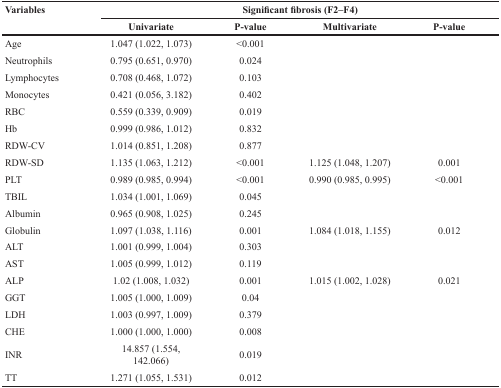
<table><thead><tr><td rowspan="2"><b>Variables</b></td><td colspan="4"><b>Significant fibrosis (F2–F4)</b></td></tr><tr><td><b>Univariate</b></td><td><b>P-value</b></td><td><b>Multivariate</b></td><td><b>P-value</b></td></tr></thead><tbody><tr><td>Age</td><td>1.047 (1.022, 1.073)</td><td>&lt;0.001</td><td></td><td></td></tr><tr><td>Neutrophils</td><td>0.795 (0.651, 0.970)</td><td>0.024</td><td></td><td></td></tr><tr><td>Lymphocytes</td><td>0.708 (0.468, 1.072)</td><td>0.103</td><td></td><td></td></tr><tr><td>Monocytes</td><td>0.421 (0.056, 3.182)</td><td>0.402</td><td></td><td></td></tr><tr><td>RBC</td><td>0.559 (0.339, 0.909)</td><td>0.019</td><td></td><td></td></tr><tr><td>Hb</td><td>0.999 (0.986, 1.012)</td><td>0.832</td><td></td><td></td></tr><tr><td>RDW-CV</td><td>1.014 (0.851, 1.208)</td><td>0.877</td><td></td><td></td></tr><tr><td>RDW-SD</td><td>1.135 (1.063, 1.212)</td><td>&lt;0.001</td><td>1.125 (1.048, 1.207)</td><td>0.001</td></tr><tr><td>PLT</td><td>0.989 (0.985, 0.994)</td><td>&lt;0.001</td><td>0.990 (0.985, 0.995)</td><td>&lt;0.001</td></tr><tr><td>TBIL</td><td>1.034 (1.001, 1.069)</td><td>0.045</td><td></td><td></td></tr><tr><td>Albumin</td><td>0.965 (0.908, 1.025)</td><td>0.245</td><td></td><td></td></tr><tr><td>Globulin</td><td>1.097 (1.038, 1.116)</td><td>0.001</td><td>1.084 (1.018, 1.155)</td><td>0.012</td></tr><tr><td>ALT</td><td>1.001 (0.999, 1.004)</td><td>0.303</td><td></td><td></td></tr><tr><td>AST</td><td>1.005 (0.999, 1.012)</td><td>0.119</td><td></td><td></td></tr><tr><td>ALP</td><td>1.02 (1.008, 1.032)</td><td>0.001</td><td>1.015 (1.002, 1.028)</td><td>0.021</td></tr><tr><td>GGT</td><td>1.005 (1.000, 1.009)</td><td>0.04</td><td></td><td></td></tr><tr><td>LDH</td><td>1.003 (0.997, 1.009)</td><td>0.379</td><td></td><td></td></tr><tr><td>CHE</td><td>1.000 (1.000, 1.000)</td><td>0.008</td><td></td><td></td></tr><tr><td>INR</td><td>14.857 (1.554, 142.066)</td><td>0.019</td><td></td><td></td></tr><tr><td>TT</td><td>1.271 (1.055, 1.531)</td><td>0.012</td><td></td><td></td></tr></tbody></table>